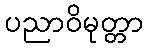
ပညာဝိမုတ္တာ